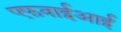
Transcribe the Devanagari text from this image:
एफवाईआई